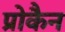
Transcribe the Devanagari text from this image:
प्रोकैन